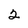
Character: 2